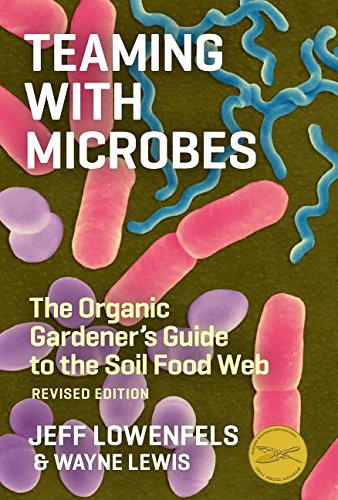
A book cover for Teaming with Microbes: A Gardener's Guide to the Soil Food Web; Jeff Lowenfels; Crafts, Hobbies & Home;